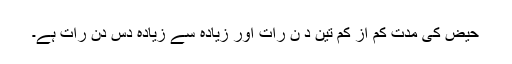
حیض کی مدّت کم از کم تین د ن رات اور زیادہ سے زیادہ دس دن رات ہے۔